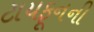
ટાયફૂનની